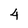
Character: 4